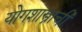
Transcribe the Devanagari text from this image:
योगशास्त्राची